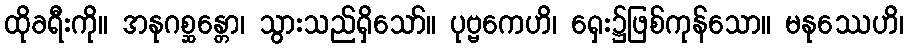
ထိုခရီးကို။ အနုဂစ္ဆန္တော၊ သွားသည်ရှိသော်။ ပုဗ္ဗကေဟိ၊ ရှေး၌ဖြစ်ကုန်သော။ မနုဿေဟိ၊